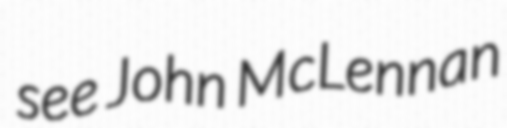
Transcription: see John McLennan